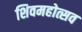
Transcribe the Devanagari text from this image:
शिवमहोत्सव